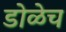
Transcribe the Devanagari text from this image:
डोळेच